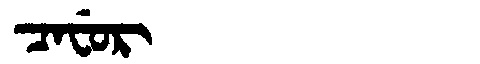
Manchu: ᠴᠠᠸᡠᡵ
Romanization: CAFUR